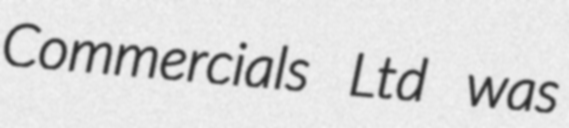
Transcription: Commercials Ltd was